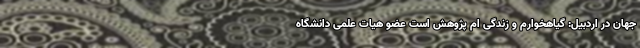
جهان در اردبیل: گیاهخوارم و زندگی ام پژوهش است عضو هیات علمی دانشگاه